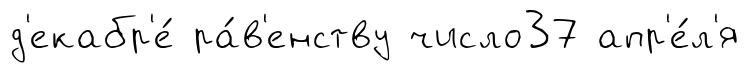
д'екабр'е́ ра́в'енству число37 апр'е́л'я